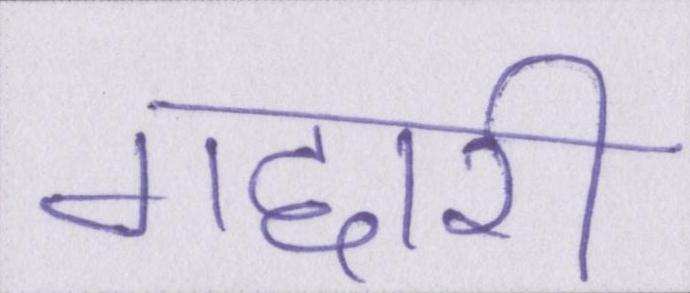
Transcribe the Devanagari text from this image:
गद्दारी